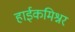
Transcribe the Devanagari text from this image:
हाईकमिश्नर